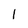
Character: 1